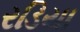
રડિયા